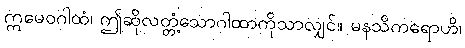
ဣမေဝဂါထံ၊ ဤဆိုလတ္တံ့သောဂါထာကိုသာလျှင်။ မနသိကရောဟိ၊